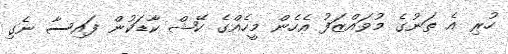
ހުރި އެ ތަނުގެ މުވައްޒަފު އެހެން މީހެއްގެ ކޭޝް ކާޑަކުން ފައިސާ ނެގި